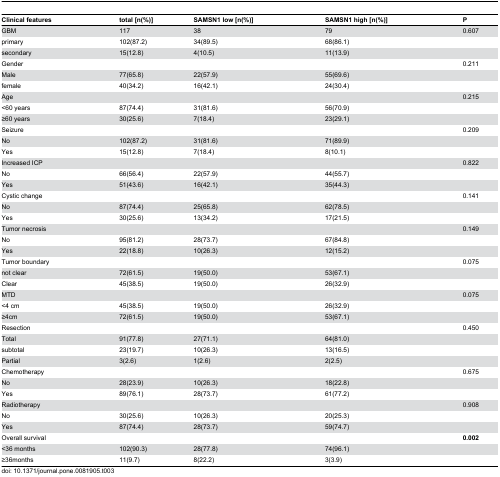
<table><thead><tr><td><b>Clinical features</b></td><td><b>total [n(%)]</b></td><td><b>SAMSN1 low [n(%)]</b></td><td><b>SAMSN1 high [n(%)]</b></td><td><b>P</b></td></tr></thead><tbody><tr><td>GBM</td><td>117</td><td>38</td><td>79</td><td>0.607</td></tr><tr><td>primary</td><td>102(87.2)</td><td>34(89.5)</td><td>68(86.1)</td><td>[EMPTY_CELL]</td></tr><tr><td>secondary</td><td>15(12.8)</td><td>4(10.5)</td><td>11(13.9)</td><td>[EMPTY_CELL]</td></tr><tr><td>Gender</td><td>[EMPTY_CELL]</td><td>[EMPTY_CELL]</td><td>[EMPTY_CELL]</td><td>0.211</td></tr><tr><td>Male</td><td>77(65.8)</td><td>22(57.9)</td><td>55(69.6)</td><td>[EMPTY_CELL]</td></tr><tr><td>female</td><td>40(34.2)</td><td>16(42.1)</td><td>24(30.4)</td><td>[EMPTY_CELL]</td></tr><tr><td>Age</td><td>[EMPTY_CELL]</td><td>[EMPTY_CELL]</td><td>[EMPTY_CELL]</td><td>0.215</td></tr><tr><td>&lt;60 years</td><td>87(74.4)</td><td>31(81.6)</td><td>56(70.9)</td><td>[EMPTY_CELL]</td></tr><tr><td>≥60 years</td><td>30(25.6)</td><td>7(18.4)</td><td>23(29.1)</td><td>[EMPTY_CELL]</td></tr><tr><td>Seizure</td><td>[EMPTY_CELL]</td><td>[EMPTY_CELL]</td><td>[EMPTY_CELL]</td><td>0.209</td></tr><tr><td> No</td><td>102(87.2)</td><td>31(81.6)</td><td>71(89.9)</td><td>[EMPTY_CELL]</td></tr><tr><td> Yes</td><td>15(12.8)</td><td>7(18.4)</td><td>8(10.1)</td><td>[EMPTY_CELL]</td></tr><tr><td>Increased ICP</td><td>[EMPTY_CELL]</td><td>[EMPTY_CELL]</td><td>[EMPTY_CELL]</td><td>0.822</td></tr><tr><td>No</td><td>66(56.4)</td><td>22(57.9)</td><td>44(55.7)</td><td>[EMPTY_CELL]</td></tr><tr><td>Yes</td><td>51(43.6)</td><td>16(42.1)</td><td>35(44.3)</td><td>[EMPTY_CELL]</td></tr><tr><td>Cystic change</td><td>[EMPTY_CELL]</td><td>[EMPTY_CELL]</td><td>[EMPTY_CELL]</td><td>0.141</td></tr><tr><td> No</td><td>87(74.4)</td><td>25(65.8)</td><td>62(78.5)</td><td>[EMPTY_CELL]</td></tr><tr><td> Yes</td><td>30(25.6)</td><td>13(34.2)</td><td>17(21.5)</td><td>[EMPTY_CELL]</td></tr><tr><td>Tumor necrosis</td><td>[EMPTY_CELL]</td><td>[EMPTY_CELL]</td><td>[EMPTY_CELL]</td><td>0.149</td></tr><tr><td> No</td><td>95(81.2)</td><td>28(73.7)</td><td>67(84.8)</td><td>[EMPTY_CELL]</td></tr><tr><td> Yes</td><td>22(18.8)</td><td>10(26.3)</td><td>12(15.2)</td><td>[EMPTY_CELL]</td></tr><tr><td>Tumor boundary</td><td>[EMPTY_CELL]</td><td>[EMPTY_CELL]</td><td>[EMPTY_CELL]</td><td>0.075</td></tr><tr><td> not clear</td><td>72(61.5)</td><td>19(50.0)</td><td>53(67.1)</td><td>[EMPTY_CELL]</td></tr><tr><td> Clear</td><td>45(38.5)</td><td>19(50.0)</td><td>26(32.9)</td><td>[EMPTY_CELL]</td></tr><tr><td>MTD</td><td>[EMPTY_CELL]</td><td>[EMPTY_CELL]</td><td>[EMPTY_CELL]</td><td>0.075</td></tr><tr><td>&lt;4 cm</td><td>45(38.5)</td><td>19(50.0)</td><td>26(32.9)</td><td>[EMPTY_CELL]</td></tr><tr><td>≥4cm</td><td>72(61.5)</td><td>19(50.0)</td><td>53(67.1)</td><td>[EMPTY_CELL]</td></tr><tr><td>Resection</td><td>[EMPTY_CELL]</td><td>[EMPTY_CELL]</td><td>[EMPTY_CELL]</td><td>0.450</td></tr><tr><td> Total</td><td>91(77.8)</td><td>27(71.1)</td><td>64(81.0)</td><td>[EMPTY_CELL]</td></tr><tr><td> subtotal</td><td>23(19.7)</td><td>10(26.3)</td><td>13(16.5)</td><td>[EMPTY_CELL]</td></tr><tr><td> Partial</td><td>3(2.6)</td><td>1(2.6)</td><td>2(2.5)</td><td>[EMPTY_CELL]</td></tr><tr><td>Chemotherapy</td><td>[EMPTY_CELL]</td><td>[EMPTY_CELL]</td><td>[EMPTY_CELL]</td><td>0.675</td></tr><tr><td>No</td><td>28(23.9)</td><td>10(26.3)</td><td>18(22.8)</td><td>[EMPTY_CELL]</td></tr><tr><td>Yes</td><td>89(76.1)</td><td>28(73.7)</td><td>61(77.2)</td><td>[EMPTY_CELL]</td></tr><tr><td>Radiotherapy</td><td>[EMPTY_CELL]</td><td>[EMPTY_CELL]</td><td>[EMPTY_CELL]</td><td>0.908</td></tr><tr><td>No</td><td>30(25.6)</td><td>10(26.3)</td><td>20(25.3)</td><td>[EMPTY_CELL]</td></tr><tr><td>Yes</td><td>87(74.4)</td><td>28(73.7)</td><td>59(74.7)</td><td>[EMPTY_CELL]</td></tr><tr><td>Overall survival</td><td>[EMPTY_CELL]</td><td>[EMPTY_CELL]</td><td>[EMPTY_CELL]</td><td><b>0.002</b></td></tr><tr><td>&lt;36 months</td><td>102(90.3)</td><td>28(77.8)</td><td>74(96.1)</td><td>[EMPTY_CELL]</td></tr><tr><td>≥36months</td><td>11(9.7)</td><td>8(22.2)</td><td>3(3.9)</td><td>[EMPTY_CELL]</td></tr></tbody></table>